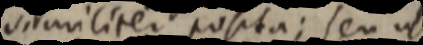
similiter posita; seu ut